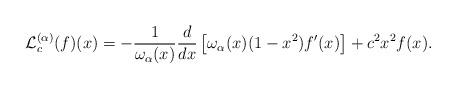
LaTeX: \begin{align*}\mathcal L_c^{(\alpha)} (f)(x)= - \frac{1}{\omega_{\alpha}(x)} \frac{d}{dx}\left[ \omega_{\alpha}(x) (1-x^2) f'(x)\right] +c^2 x^2 f(x).\end{align*}